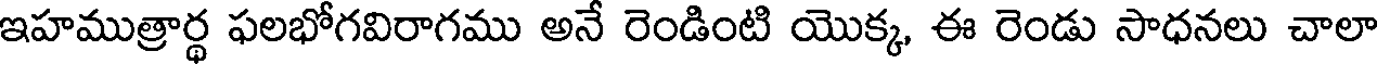
ఇహముత్రార్థ ఫలభోగవిరాగము అనే రెండింటి యొక్క, ఈ రెండు సాధనలు చాలా